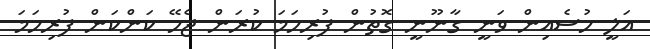
އަލީ ހުސެއިން ވަނީ ގާނޫނީ ގޮތުން ފުރިހަމަ ކުރަން ޖެހޭ ކަންކަން ފުރިހަމަ